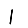
Digit: 1